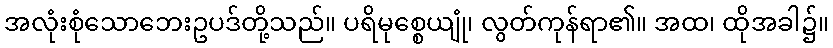
အလုံးစုံသောဘေးဥပဒ်တို့သည်။ ပရိမုစ္စေယျုံ၊ လွတ်ကုန်ရာ၏။ အထ၊ ထိုအခါ၌။